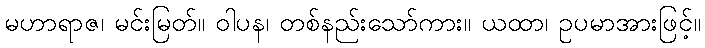
မဟာရာဇ၊ မင်းမြတ်။ ဝါပန၊ တစ်နည်းသော်ကား။ ယထာ၊ ဥပမာအားဖြင့်။